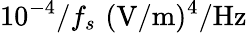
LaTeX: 10^{-4}/f_{s}\, \, (\mathrm{V/m})^{4}/\mathrm{Hz}